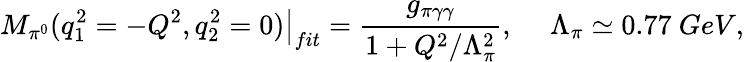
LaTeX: \left.M_{\pi^{0}}(q_{1}^{2}=-Q^{2},q_{2}^{2}=0)\right|_{fit}=\frac{g_{\pi\gamma\gamma}}{1+Q^{2}/\Lambda_{\pi}^{2}},\ \ \ \ \ \Lambda_{\pi}\simeq 0.77\ GeV,